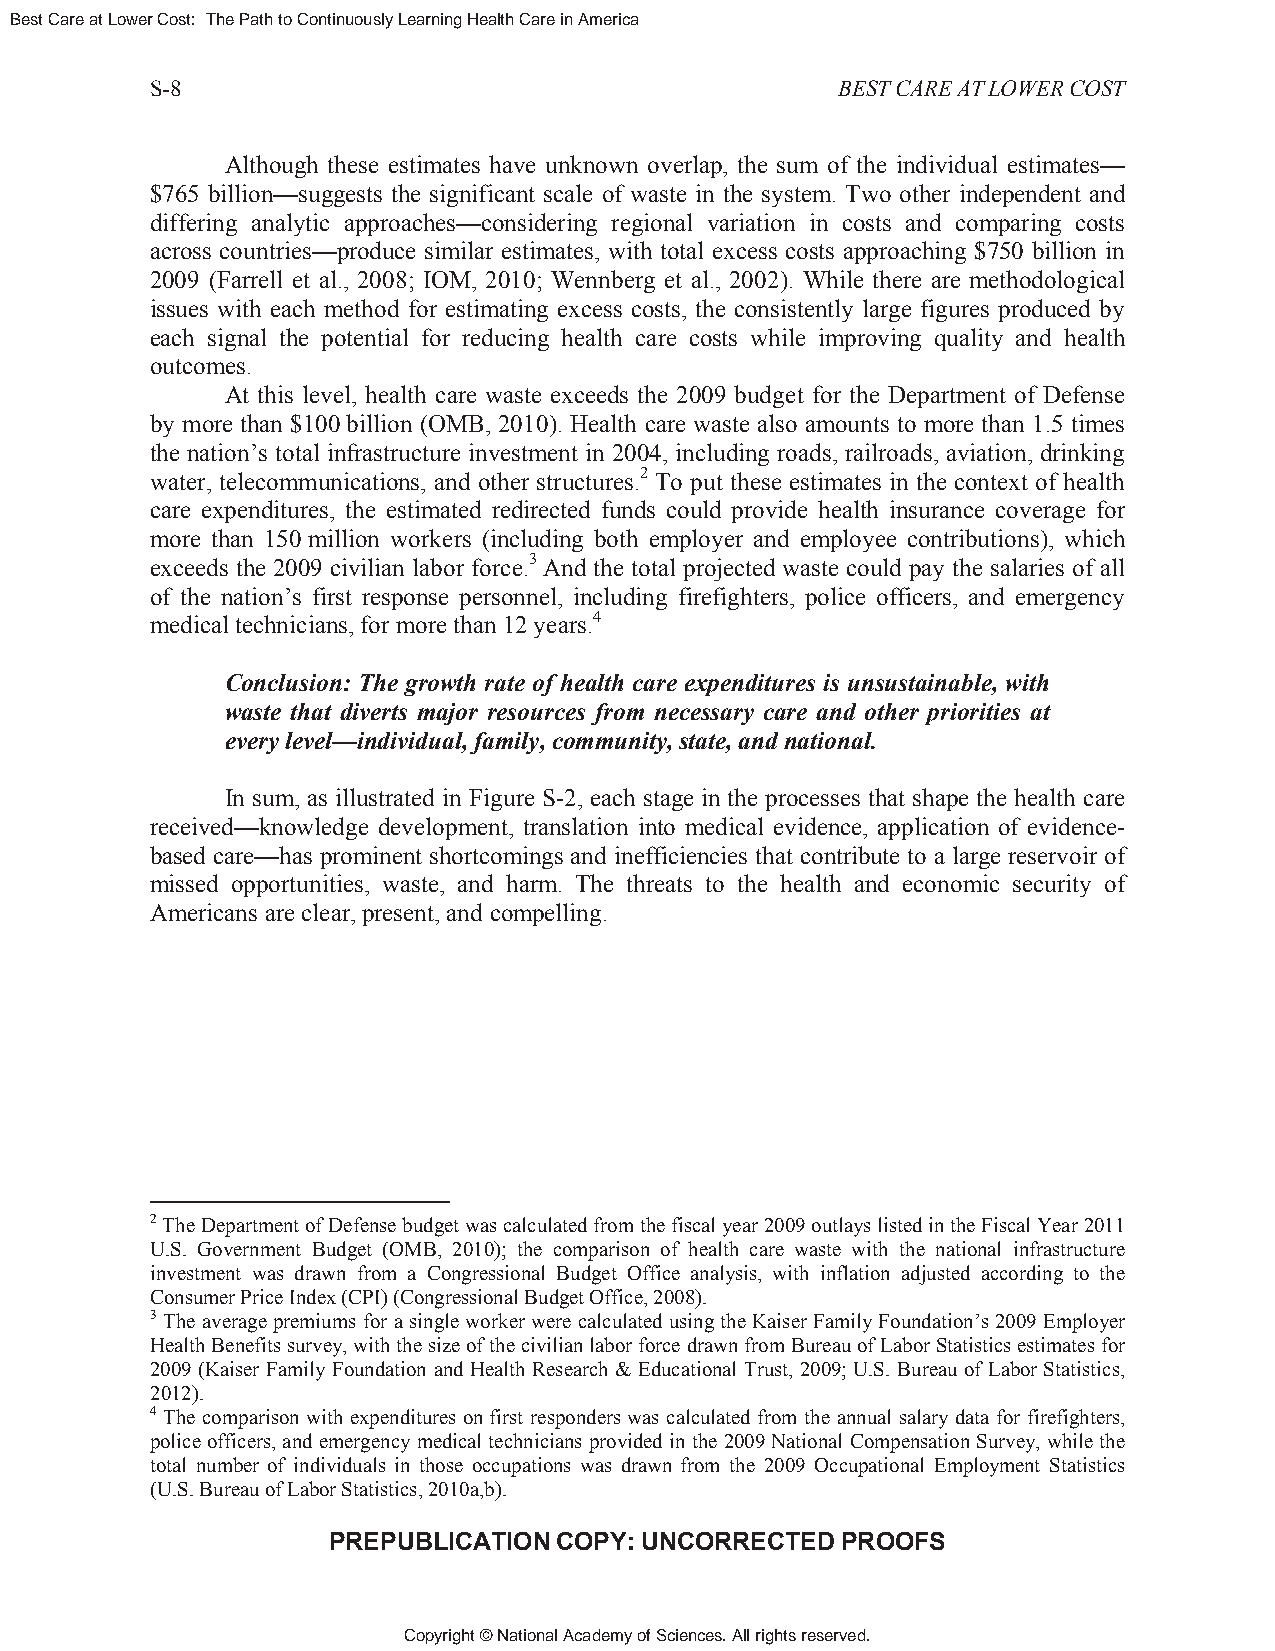
Best Care at Lower Cost: The Path to Continuously Learning Health Care in America
 S-8                                          BEST CARE AT LOWER COST
 Although these estimates have unknown overlap, the sum of the individual estimates—
 $765 billion—suggests the significant scale of waste in the system. Two other independent and
 differing analytic approaches—considering regional variation in costs and comparing costs
 across countries—produce similar estimates, with total excess costs approaching $750 billion in
 2009 (Farrell et al., 2008; IOM, 2010; Wennberg et al., 2002). While there are methodological
 issues with each method for estimating excess costs, the consistently large figures produced by
 each signal the potential for reducing health care costs while improving quality and health
 outcomes.
 At this level, health care waste exceeds the 2009 budget for the Department of Defense
 by more than $100 billion (OMB, 2010). Health care waste also amounts to more than 1.5 times
 the nation’s total infrastructure investment in 2004, including roads, railroads, aviation, drinking
 water, telecommunications, and other structures.2 To put these estimates in the context of health
 care expenditures, the estimated redirected funds could provide health insurance coverage for
 more than 150 million workers (including both employer and employee contributions), which
 exceeds the 2009 civilian labor force.3 And the total projected waste could pay the salaries of all
 of the nation’s first response personnel, including firefighters, police officers, and emergency
 medical technicians, for more than 12 years.4
 Conclusion: The growth rate of health care expenditures is unsustainable, with
 waste that diverts major resources from necessary care and other priorities at
 every level—individual, family, community, state, and national.
 In sum, as illustrated in Figure S-2, each stage in the processes that shape the health care
 received—knowledge development, translation into medical evidence, application of evidence-
 based care—has prominent shortcomings and inefficiencies that contribute to a large reservoir of
 missed opportunities, waste, and harm. The threats to the health and economic security of
 Americans are clear, present, and compelling.
 2 The Department of Defense budget was calculated from the fiscal year 2009 outlays listed in the Fiscal Year 2011
 U.S. Government Budget (OMB, 2010); the comparison of health care waste with the national infrastructure
 investment was drawn from a Congressional Budget Office analysis, with inflation adjusted according to the
 Consumer Price Index (CPI) (Congressional Budget Office, 2008).
 3 The average premiums for a single worker were calculated using the Kaiser Family Foundation’s 2009 Employer
 Health Benefits survey, with the size of the civilian labor force drawn from Bureau of Labor Statistics estimates for
 2009 (Kaiser Family Foundation and Health Research & Educational Trust, 2009; U.S. Bureau of Labor Statistics,
 2012).
 4 The comparison with expenditures on first responders was calculated from the annual salary data for firefighters,
 police officers, and emergency medical technicians provided in the 2009 National Compensation Survey, while the
 total number of individuals in those occupations was drawn from the 2009 Occupational Employment Statistics
 (U.S. Bureau of Labor Statistics, 2010a,b).
 PREPUBLICATION COPY: UNCORRECTED  PROOFS
 Copyright © National Academy of Sciences. All rights reserved.